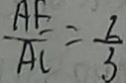
\frac { A E } { A C } = \frac { 2 } { 3 }